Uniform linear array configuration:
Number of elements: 64
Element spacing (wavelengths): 0.25
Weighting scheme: binomial
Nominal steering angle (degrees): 45
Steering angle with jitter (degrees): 44.754
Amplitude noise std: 0.05
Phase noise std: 0.05

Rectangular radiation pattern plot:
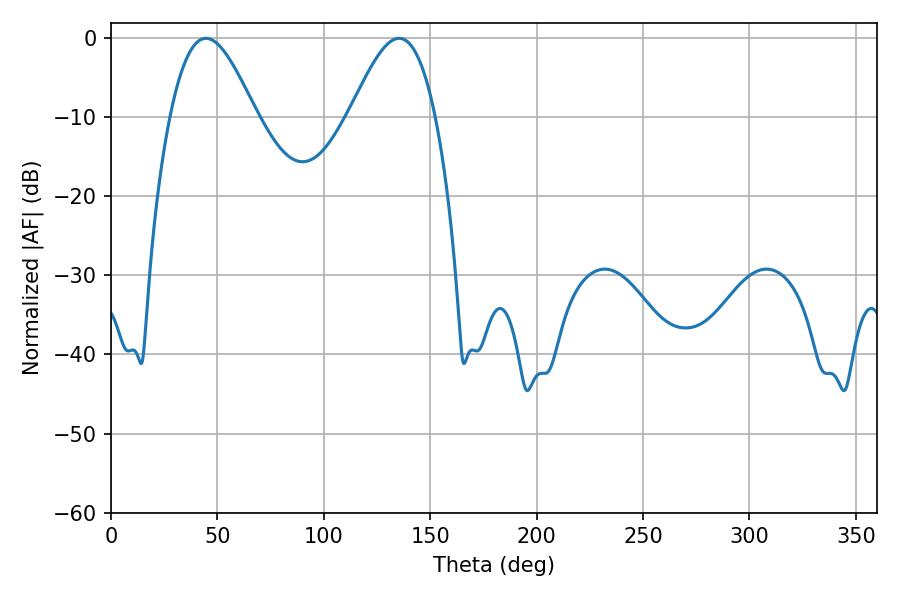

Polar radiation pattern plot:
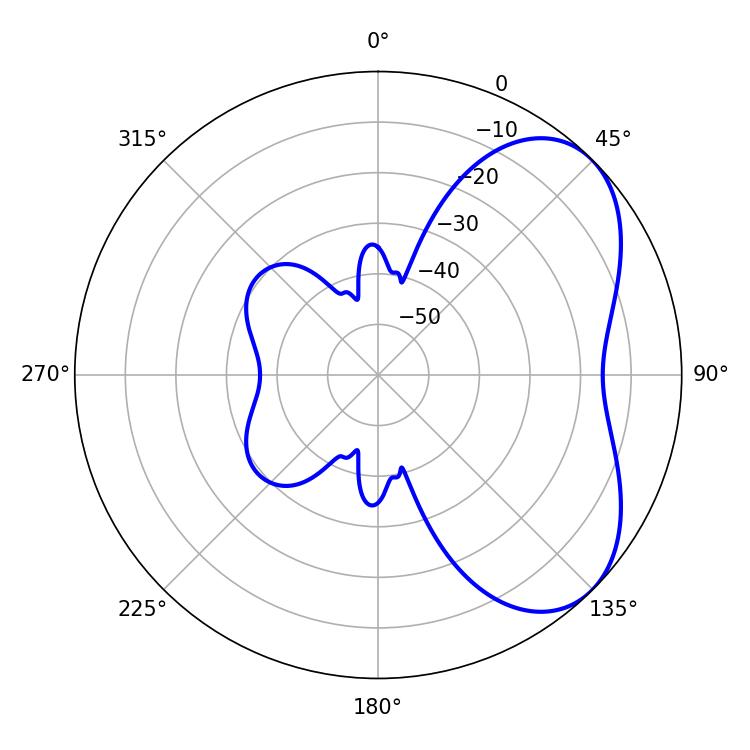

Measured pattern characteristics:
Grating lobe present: FALSE
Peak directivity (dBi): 5.145
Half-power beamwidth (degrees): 21.6
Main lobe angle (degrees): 44.64